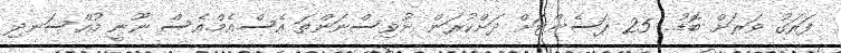
ފަރަގު ވަރަށް ބޮޑު.. 25 ޕަސެންޓަށް ދަށްކުރަން ނުވިސްނަންތަ އެސް.އެމް.އެސް ނޫނީ މުއްސަނދި